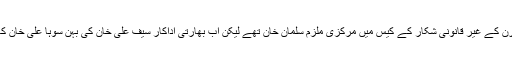
گزشتہ دو دہائیوں سے چلنے والے کالے ہرن کے غیر قانونی شکار کے کیس میں مرکزی ملزم سلمان خان تھے لیکن اب بھارتی اداکار سیف علی خان کی بہن سوہا علی خان کا نام بھی اس کیس میں شامل کرلیا گیا ہے۔